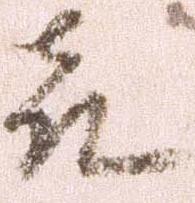
喜